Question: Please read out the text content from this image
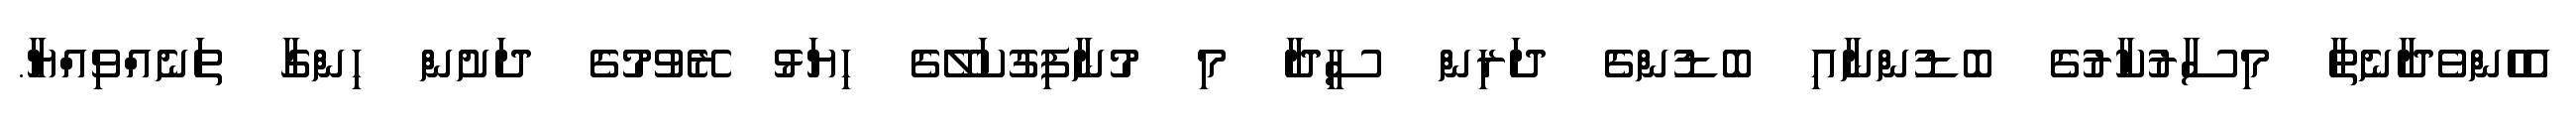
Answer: އެހެންވެދާނެތާ މިސާރުކާރުގެ ބޮޑުންނާއި ބޮޑުންގެ ދަރިން ސީދާ މި މުނާފިގުކަލޭގެ ހިޔަޅު ރޭވުމުގެ ދަށުން ހިންގާ ތަނެއްވިއްޔާ.